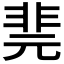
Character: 𩇲